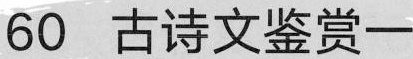
60 古诗文鉴赏一